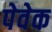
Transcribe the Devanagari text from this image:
पेवेक